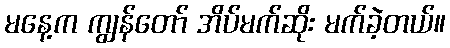
မနေ့က ကျွန်တော် အိပ်မက်ဆိုး မက်ခဲ့တယ်။